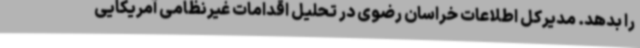
را بدهد. مدیرکل اطلاعات خراسان رضوی در تحلیل اقدامات غیرنظامی آمریکایی